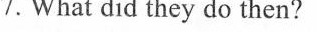
7. What did they do then?